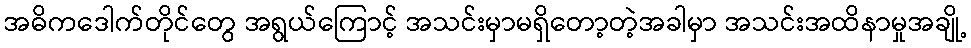
အဓိကဒေါက်တိုင်တွေ အရွယ်ကြောင့် အသင်းမှာမရှိတော့တဲ့အခါမှာ အသင်းအထိနာမှုအချို့